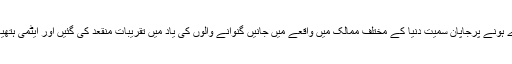
جوہری بم حملوں کے 73 سال پورے ہونے پرجاپان سمیت دنیا کے مختلف ممالک میں واقعے میں جانیں گنوانے والوں کی یاد میں تقریبات منقعد کی گئیں اور ایٹمی ہتھیاروں کے خلاف عہد کا اعادہ کیا گیا۔